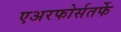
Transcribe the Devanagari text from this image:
एअरफोर्सतर्फे